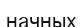
начных